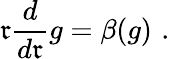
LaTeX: \mathfrak{r}\frac{{d}}{{d\mathfrak{r}}}g=\beta(g)\, \, .